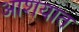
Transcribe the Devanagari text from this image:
आशयात